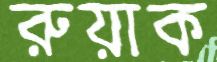
রুয়াক